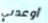
أوعدني